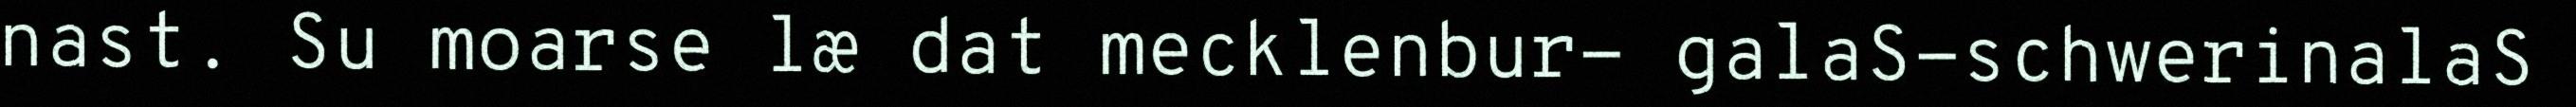
nast. Su moarse læ dat mecklenbur- galaS-schwerinalaS